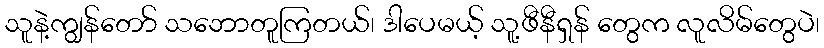
သူနဲ့ကျွန်တော် သဘောတူကြတယ်၊ ဒါပေမယ့် သူ့ဖီနီရှန် တွေက လူလိမ်တွေပဲ၊